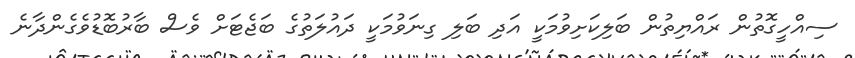
ސިއްހީގޮތުން ރައްޔިތުން ބަލިކަށިވުމަކީ އަދި ބަލި ގިނަވުމަކީ ދަައުލަތުގެ ބަަޖެޓަށް ވެސް ބާރުބޮޑުވެގެންދާނެ